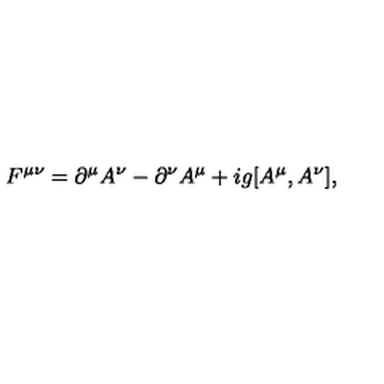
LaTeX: F ^ { \mu \nu } = \partial ^ { \mu } A ^ { \nu } - \partial ^ { \nu } A ^ { \mu } + i g [ A ^ { \mu } , A ^ { \nu } ] ,